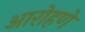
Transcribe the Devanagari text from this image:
आरोहणे